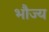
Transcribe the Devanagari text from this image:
भौज्य